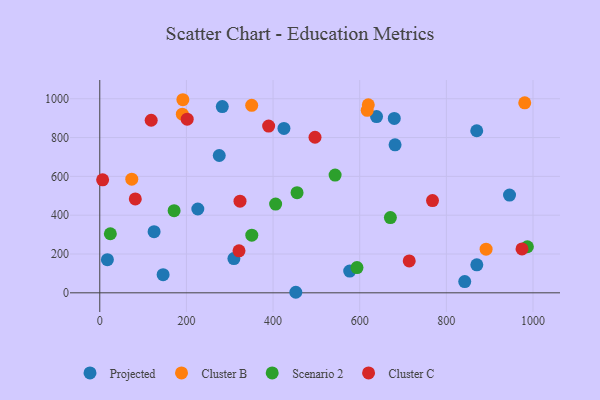
{"axis": {"x": "Study Hours", "y": "Sales"}, "legend": ["Cluster B", "Cluster C", "Projected", "Scenario 2"], "data": [{"x": "681.6", "y": 762.6, "type": "Projected"}, {"x": "452.5", "y": 2.8, "type": "Projected"}, {"x": "282.8", "y": 959.8, "type": "Projected"}, {"x": "425.1", "y": 847.2, "type": "Projected"}, {"x": "125.4", "y": 315.1, "type": "Projected"}, {"x": "146.2", "y": 93.5, "type": "Projected"}, {"x": "638.9", "y": 908.1, "type": "Projected"}, {"x": "17.6", "y": 170.7, "type": "Projected"}, {"x": "275.8", "y": 707.6, "type": "Projected"}, {"x": "576.9", "y": 111.8, "type": "Projected"}, {"x": "309.6", "y": 176.7, "type": "Projected"}, {"x": "870.1", "y": 835.2, "type": "Projected"}, {"x": "226.3", "y": 431.9, "type": "Projected"}, {"x": "679.8", "y": 898.5, "type": "Projected"}, {"x": "870.3", "y": 144.5, "type": "Projected"}, {"x": "842.4", "y": 58.0, "type": "Projected"}, {"x": "945.8", "y": 503.7, "type": "Projected"}, {"x": "980.9", "y": 979.2, "type": "Cluster B"}, {"x": "617.3", "y": 940.5, "type": "Cluster B"}, {"x": "190.6", "y": 920.4, "type": "Cluster B"}, {"x": "891.7", "y": 224.7, "type": "Cluster B"}, {"x": "73.9", "y": 585.7, "type": "Cluster B"}, {"x": "619.8", "y": 968.5, "type": "Cluster B"}, {"x": "350.7", "y": 966.4, "type": "Cluster B"}, {"x": "191.8", "y": 995.0, "type": "Cluster B"}, {"x": "24.4", "y": 304.5, "type": "Scenario 2"}, {"x": "350.9", "y": 297.2, "type": "Scenario 2"}, {"x": "455.4", "y": 516.1, "type": "Scenario 2"}, {"x": "670.8", "y": 387.6, "type": "Scenario 2"}, {"x": "171.6", "y": 423.3, "type": "Scenario 2"}, {"x": "593.7", "y": 130.1, "type": "Scenario 2"}, {"x": "987.0", "y": 237.5, "type": "Scenario 2"}, {"x": "405.9", "y": 457.2, "type": "Scenario 2"}, {"x": "543.2", "y": 606.9, "type": "Scenario 2"}, {"x": "201.8", "y": 895.0, "type": "Cluster C"}, {"x": "714.3", "y": 164.5, "type": "Cluster C"}, {"x": "82.0", "y": 483.6, "type": "Cluster C"}, {"x": "974.6", "y": 226.2, "type": "Cluster C"}, {"x": "118.7", "y": 889.3, "type": "Cluster C"}, {"x": "323.7", "y": 472.2, "type": "Cluster C"}, {"x": "389.8", "y": 859.3, "type": "Cluster C"}, {"x": "496.8", "y": 801.6, "type": "Cluster C"}, {"x": "768.0", "y": 475.3, "type": "Cluster C"}, {"x": "321.4", "y": 216.3, "type": "Cluster C"}, {"x": "6.6", "y": 582.1, "type": "Cluster C"}]}